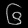
Digit: ၆